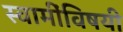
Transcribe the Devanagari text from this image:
स्वामींविषयी